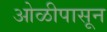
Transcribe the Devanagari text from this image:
ओळीपासून